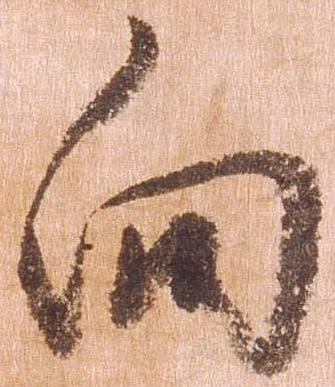
向